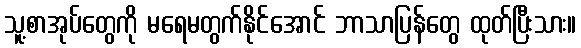
သူ့စာအုပ်တွေကို မရေမတွက်နိုင်အောင် ဘာသာပြန်တွေ ထုတ်ပြီးသား။